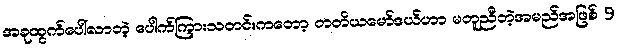
အခုထွက်ပေါ်လာတဲ့ ပေါက်ကြားသတင်းကတော့ တတိယမော်ဒယ်ဟာ မတူညီတဲ့အမည်အဖြစ် 9